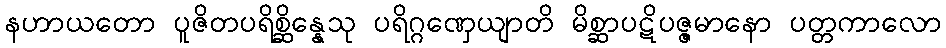
နဟာယတော ပူဇိတပရိစ္ဆိန္နေသု ပရိဂ္ဂဏှေယျာတိ မိစ္ဆာပဋိပဇ္ဇမာနော ပတ္တကာလော